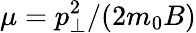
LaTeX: \mu=p_{\perp}^{2}/(2m_{0}B)